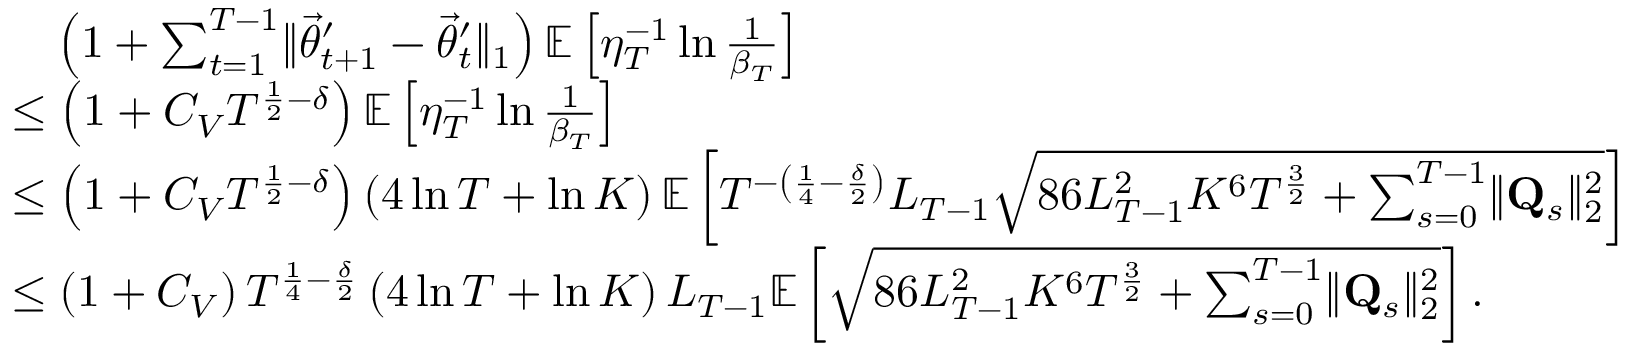
\begin{array} { r l } & { \quad \left( 1 + \sum _ { t = 1 } ^ { T - 1 } \lVert \vec { \theta } _ { t + 1 } ^ { \prime } - \vec { \theta } _ { t } ^ { \prime } \rVert _ { 1 } \right) \mathbb E \left[ \eta _ { T } ^ { - 1 } \ln \frac 1 { \beta _ { T } } \right] } \\ & { \le \left( 1 + C _ { V } T ^ { \frac 1 2 - \delta } \right) \mathbb E \left[ \eta _ { T } ^ { - 1 } \ln \frac 1 { \beta _ { T } } \right] } \\ & { \le \left( 1 + C _ { V } T ^ { \frac 1 2 - \delta } \right) \left( 4 \ln T + \ln K \right) \mathbb E \left[ T ^ { - \left( \frac 1 4 - \frac \delta 2 \right) } L _ { T - 1 } \sqrt { 8 6 L _ { T - 1 } ^ { 2 } K ^ { 6 } T ^ { \frac 3 2 } + \sum _ { s = 0 } ^ { T - 1 } \lVert \mathbf Q _ { s } \rVert _ { 2 } ^ { 2 } } \right] } \\ & { \le \left( 1 + C _ { V } \right) T ^ { \frac 1 4 - \frac \delta 2 } \left( 4 \ln T + \ln K \right) L _ { T - 1 } \mathbb E \left[ \sqrt { 8 6 L _ { T - 1 } ^ { 2 } K ^ { 6 } T ^ { \frac 3 2 } + \sum _ { s = 0 } ^ { T - 1 } \lVert \mathbf Q _ { s } \rVert _ { 2 } ^ { 2 } } \right] . } \end{array}